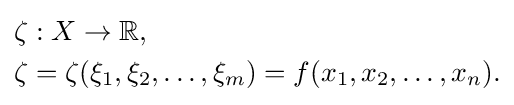
{\begin{aligned}&\zeta :X\to \mathbb {R} ,\\&\zeta =\zeta (\xi _{1},\xi _{2},\ldots ,\xi _{m})=f(x_{1},x_{2},\ldots ,x_{n}).\end{aligned}}